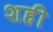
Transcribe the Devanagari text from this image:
शही